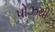
પોઝથી